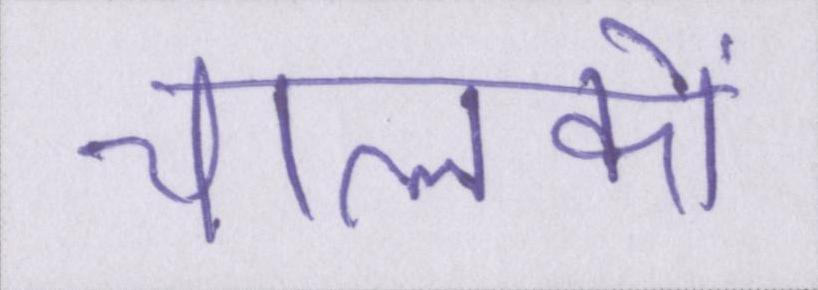
चालकों